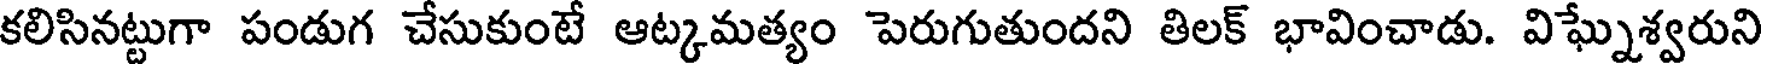
కలిసినట్టుగా పండుగ చేసుకుంటే ఆట్కమత్యం పెరుగుతుందని తిలక్ భావించాడు. విఘ్నేశ్వరుని